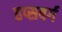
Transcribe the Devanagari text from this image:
हप्सबर्ग